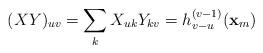
LaTeX: \begin{align*}(XY)_{uv} = \sum_k X_{uk}Y_{kv} = h_{v-u}^{(v-1)}(\mathbf{x}_m)\end{align*}